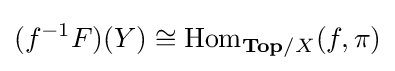
(f^{-1}F)(Y)\cong \operatorname {Hom} _{\mathbf {Top} /X}(f,\pi )